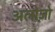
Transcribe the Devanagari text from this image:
अलोज़ो